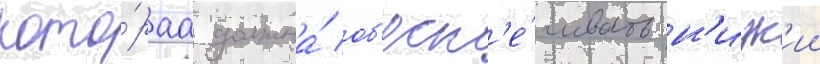
кото́раа должна́ об'есп'е́чивать н'изк'ии